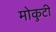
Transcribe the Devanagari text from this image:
मोकुटी